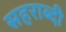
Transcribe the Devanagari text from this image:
सहराब्दी